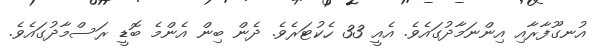
އުނގޫފާރާއި އިންނަމާދުގައެވެ. އެއީ 33 ހެކުޓަރެވެ. ދެން ބިން އެންމެ ބޮޑީ ރަސްމާދުގައެވެ.